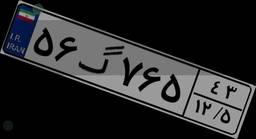
۲۵گ۸۹۶۵۷